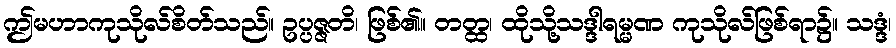
ဤမဟာကုသိုလ်စိတ်သည်။ ဥပ္ပဇ္ဇတိ၊ ဖြစ်၏။ တတ္ထ၊ ထိုသို့သဒ္ဒါရမ္မဏ ကုသိုလ်ဖြစ်ရာ၌။ သဒ္ဒံ၊